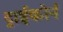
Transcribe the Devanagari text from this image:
ट्राईकोर्न